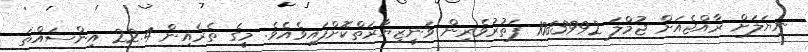
ނިޔަލަށް ރާއްޖެއަށް ޖުމްލަ 1083992 ފަތުރުވެރިން ވަނީޒިޔާރަތްކޮށްފައިވެއެވެ. މީގެ ތެރެއިން 22.4 އިންސައްތަ